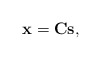
\begin{align*}\mathbf{x} = \mathbf{C}\mathbf{s},\end{align*}